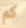
كم